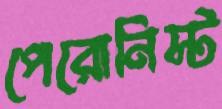
পেরোনিস্ট